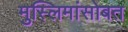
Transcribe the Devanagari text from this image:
मुस्लिमांसोबत